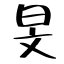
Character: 旻